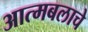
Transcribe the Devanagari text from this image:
आत्मबलाचे